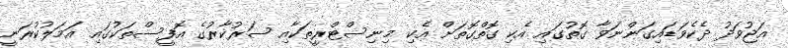
އަޖުވަދު ދެކެވަޑައިގަންނަވާ ގޮތުގައި އެކި ގޮތްގޮތަށް އެކި މިނިސްޓްރީތަކާއި ސަރުކާރުގެ އޮފީސްތަކުގައި އަމަލުކުރަނީ